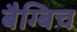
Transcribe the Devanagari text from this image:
बैग्बिच